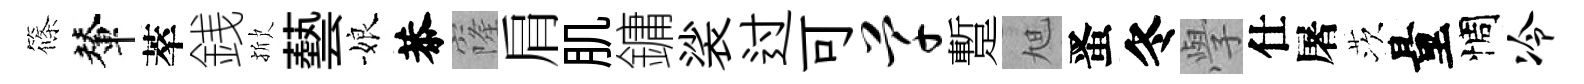
篠輦萃銭掀藝娘恭窿肩肌鏞裟过可芊蹔旭󱉠冬𭓕仕屠茨量惆冷